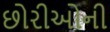
છોરીઓની